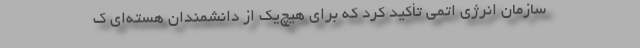
سازمان انرژی اتمی تأکید کرد که برای هیچ‌یک از دانشمندان هسته‌ای ک